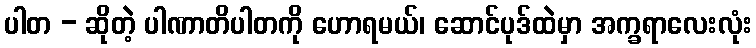
ပါတ - ဆိုတဲ့ ပါဏာတိပါတကို ဟောရမယ်၊ ဆောင်ပုဒ်ထဲမှာ အက္ခရာလေးလုံး